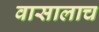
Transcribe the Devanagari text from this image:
वासालाच